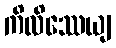
ကိလိဿေယျ